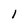
Character: 1